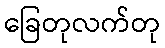
ခြေတုလက်တု